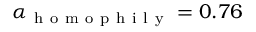
\alpha _ { \mathrm { ~ h ~ o ~ m ~ o ~ p ~ h ~ i ~ l ~ y ~ } } = 0 . 7 6